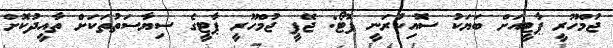
ޖުމްހޫރީ ޕާޓީއަށް ބަޔަކު ސޮއިކުރަނީ ފޮޓޯ: ޖޭޕީ ޖުމްހޫރީ ޕާޓީގެ ސިޔާސަތުތަކަށް ތާއީދުކޮށް